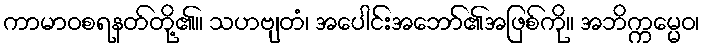
ကာမာဝစရနတ်တို့၏။ သဟဗျတံ၊ အပေါင်းအဘော်၏အဖြစ်ကို။ အဘိက္ကမ္မေဝ၊